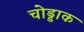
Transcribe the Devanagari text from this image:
चोड्डाक